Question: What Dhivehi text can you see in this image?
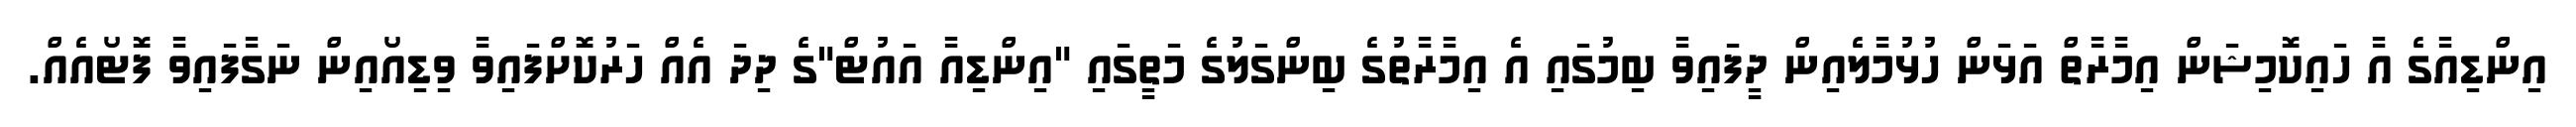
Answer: އިންޑިއާގެ އާ ހައިކޮމިޝަން އިމާރާތް އަޅަން ހުޅުމާލެއިން ދީފައިވާ ބިމުގައި އެ އިމާރާތުގެ ބިންގަލުގެ މަތީގައި "އިންޑިއާ އައުޓް"ގެ ދިދަ އެއް ހަރުކޮށްފައިވާ ވިޑިއޯއިން ނަގާފައިވާ ފޮޓޯއެއް.